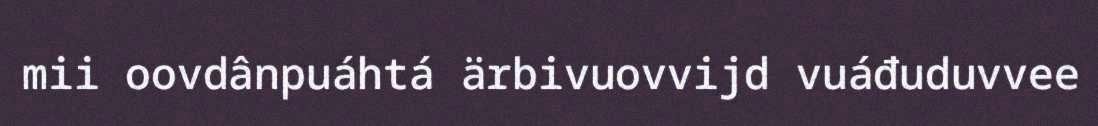
mii oovdânpuáhtá ärbivuovvijd vuáđuduvvee